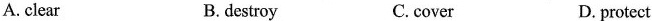
A.clear B.destroy C.cover D. protect